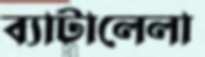
ব্যাটালেলা